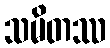
သမိတဿ